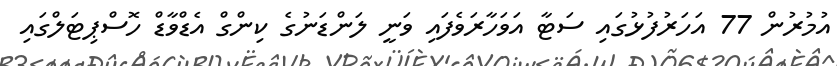
އުމުރުން 77 އަހަރުފުޅުގައި ސަޓާ އަވަހާރަވެފައި ވަނީ ލަންޑަނުގެ ކިންގް އެޑްވާޑް ހޮސްޕިޓަލްގައި